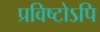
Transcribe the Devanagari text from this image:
प्रविष्टोऽपि